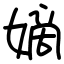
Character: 嫡